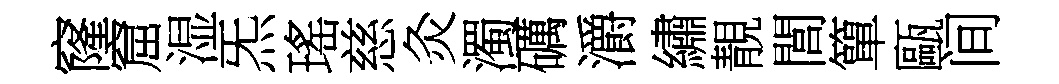
窿窟湿炁瑤慈灸濁礪灂繡靚閭簞甌间